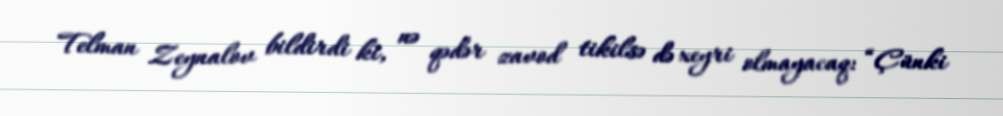
Telman Zeynalov bildirdi ki, nə qədər zavod tikilsə də xeyri olmayacaq: “Çünki